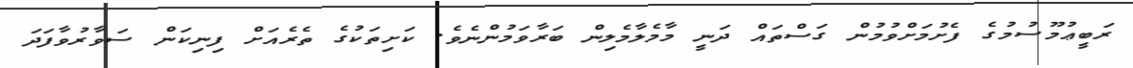
ރަބީޢުމޫސުމުގެ ފެށުމަށްވުމުން ގަސްތައް ދަނީ މާމެލާމެލިން ބަރާވަމުންނެވެ. ކަށިތަކުގެ ތެރެއަށް ފިނިކަން ސަވާރުވާފަދަ